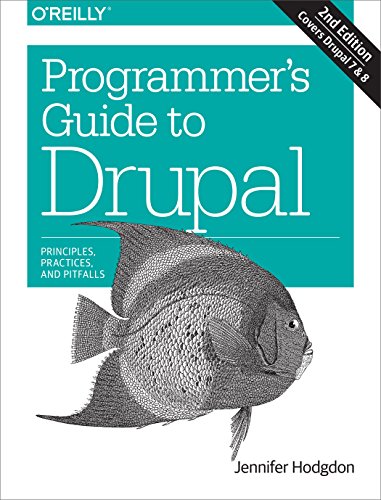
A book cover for Programmer's Guide to Drupal: Principles, Practices, and Pitfalls; Jennifer Hodgdon; Computers & Technology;